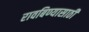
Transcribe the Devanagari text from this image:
रावबिण्यासाठी